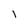
Character: I